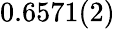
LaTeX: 0.6571(2)